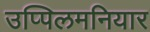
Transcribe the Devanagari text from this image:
उप्पिलमनियार